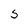
Character: S